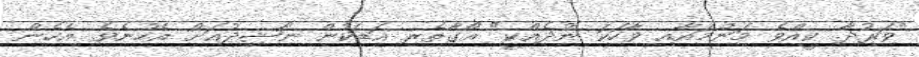
"ވަރުދާ. ކީއްވެ މަންމައާއި ވާހަކަ ނުދެއްކީ" އޯގާތެރި އަޑަކުން ނާޝިދުއަށް އެހުނެވެ. އެހެން